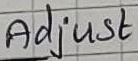
Text: Adjust